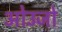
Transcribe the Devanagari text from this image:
ओउजो